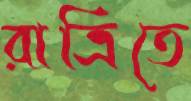
রাত্রিতে